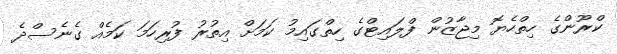
ކްރޫންގެ ހިތްހެޔޮ މިޖާޒުން ފްލައިޓްގެ ހިތްގައިމު ކަމަށް އިތުރު ފުރިހަމަ ކަމެއް ގެނެސްދެ